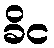
ခိင